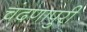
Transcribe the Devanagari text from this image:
चंदणापुरी